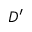
D ^ { \prime }